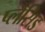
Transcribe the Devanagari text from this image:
प्लैसिड